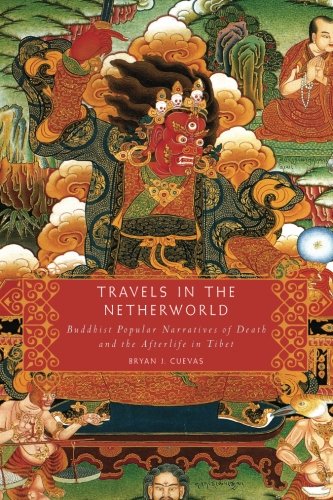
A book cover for Travels in the Netherworld: Buddhist Popular Narratives of Death and the Afterlife in Tibet; Bryan J. Cuevas; Travel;